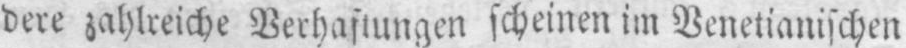
scheinen im Venetianischen